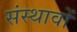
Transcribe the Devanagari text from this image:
संस्थावों